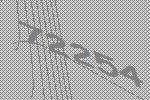
72254